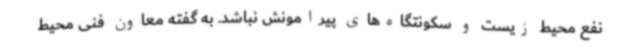
نفع محیط زیست و سکونتگاه‌های پیرامونش نباشد. به گفته معاون فنی محیط